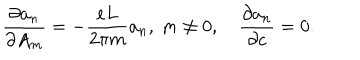
\frac { \partial a _ { n } } { \partial A _ { m } } = - \frac { e L } { 2 \pi m } a _ { n } , \ m \neq 0 , \quad \frac { \partial a _ { n } } { \partial c } = 0 .